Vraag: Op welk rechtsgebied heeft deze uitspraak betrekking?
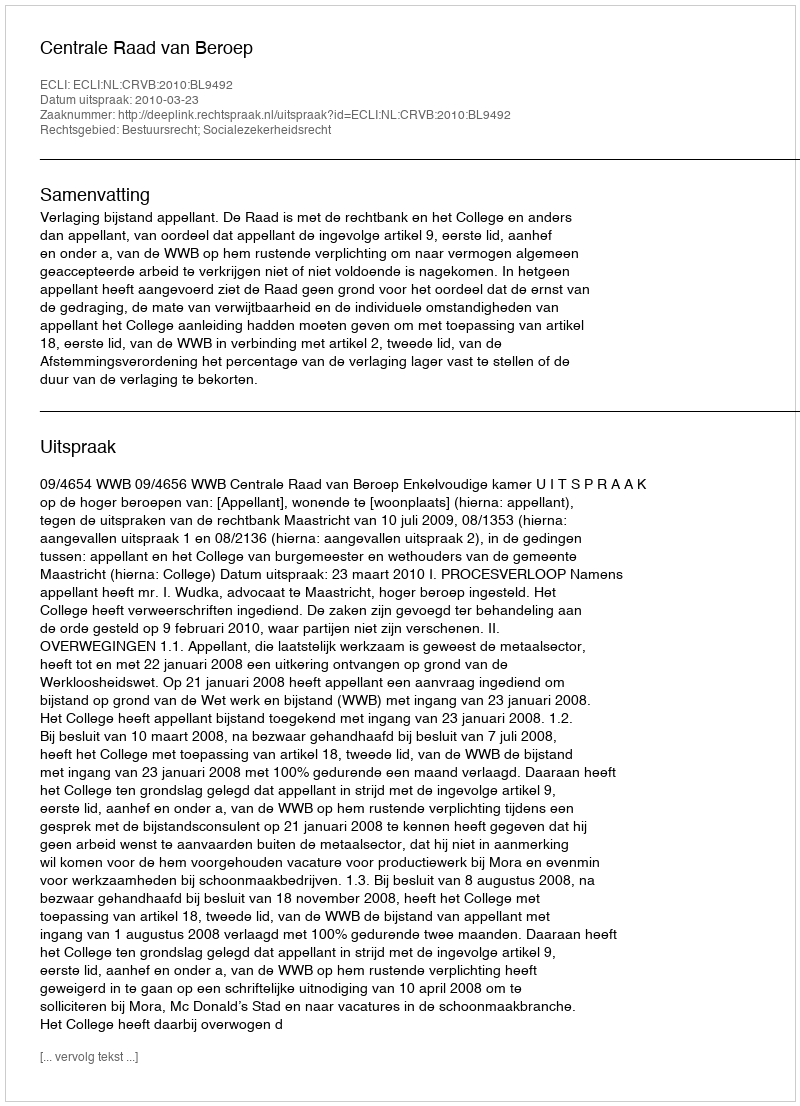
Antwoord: Bestuursrecht; Socialezekerheidsrecht